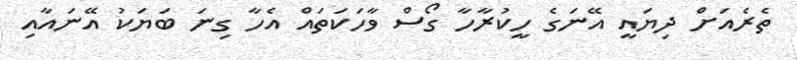
ތެރެއަށް ދިޔައީ އޭނަގެ ހީކުރާހާ ގޯސް ވާހަކަތައް އެހާ ގިނަ ބަޔަކު އޭނައާއި